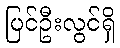
ပြင်ဦးလွင်ရှိ